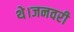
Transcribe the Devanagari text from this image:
थे।जनवरी